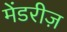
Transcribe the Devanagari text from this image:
मेंडरीज़